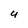
Character: U